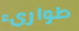
طوارىء